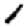
Digit: 1